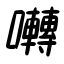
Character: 囀